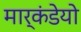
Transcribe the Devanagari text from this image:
मार्कंडेयो